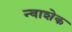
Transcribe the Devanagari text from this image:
न्वाशेक